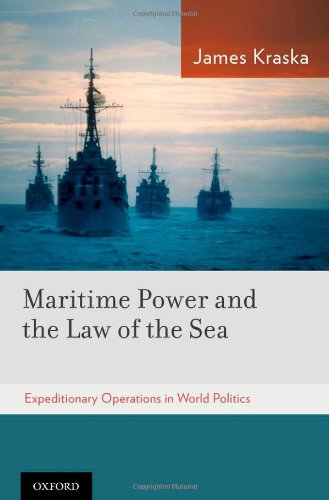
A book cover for Maritime Power and the Law of the Sea:: Expeditionary Operations in World Politics; James Kraska; Law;